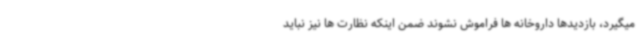
میگیرد، بازدیدها داروخانه ها فراموش نشوند ضمن اینکه نظارت ها نیز نباید